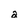
Character: a